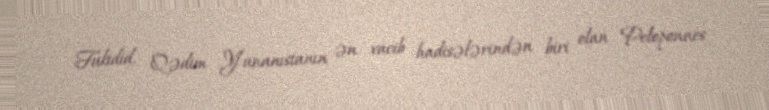
Fukidid, Qədim Yunanıstanın ən vacib hadisələrindən biri olan Peloponnes